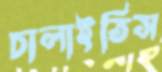
চালাইতিস